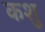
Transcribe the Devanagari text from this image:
कशु